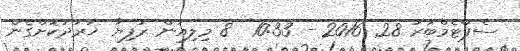
ސެޕްޓެމްބަރު 28